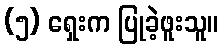
(၅) ရှေးက ပြုခဲ့ဖူးသူ။